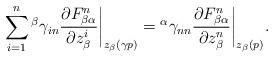
LaTeX: \begin{align*}\sum_{i=1}^{n}{^\beta}\gamma_{in}\frac{\partial F^{n}_{\beta\alpha}}{\partial z_{\beta}^{i}}\biggr|_{z_\beta(\gamma p)}={^\alpha}\gamma_{nn}\frac{\partial F^{n}_{\beta\alpha}}{\partial z_{\beta}^{n}}\biggr|_{z_\beta(p)}.\end{align*}